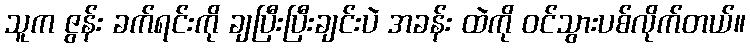
သူက ဇွန်း ခက်ရင်းကို ချပြီးပြီးချင်းပဲ အခန်း ထဲကို ဝင်သွားပစ်လိုက်တယ်။